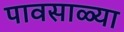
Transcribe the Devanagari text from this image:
पावसाळ्या